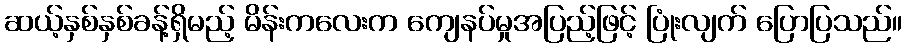
ဆယ့်နှစ်နှစ်ခန့်ရှိမည့် မိန်းကလေးက ကျေနပ်မှုအပြည့်ဖြင့် ပြုံးလျက် ပြောပြသည်။